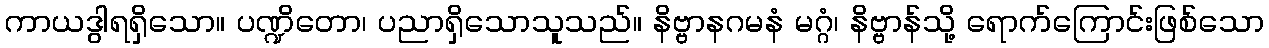
ကာယဒွါရရှိသော။ ပဏ္ဍိတော၊ ပညာရှိသောသူသည်။ နိဗ္ဗာနဂမနံ မဂ္ဂံ၊ နိဗ္ဗာန်သို့ ရောက်ကြောင်းဖြစ်သော